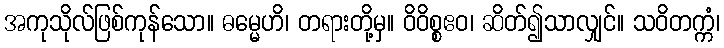
အကုသိုလ်ဖြစ်ကုန်သော။ ဓမ္မေဟိ၊ တရားတို့မှ။ ဝိဝိစ္စဧဝ၊ ဆိတ်၍သာလျှင်။ သဝိတက္ကံ၊